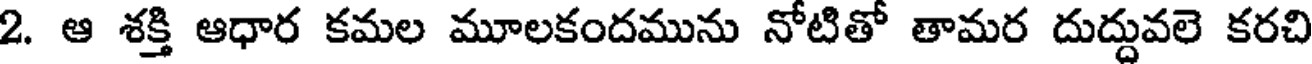
2. ఆ శక్తి ఆధార కమల మూలకందమును నోటితో తామర దుద్దువలె కరచి